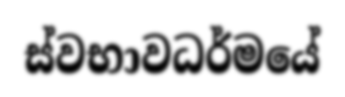
ස්වභාවධර්මයේ